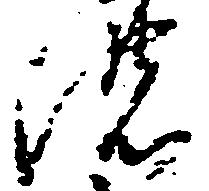
濃